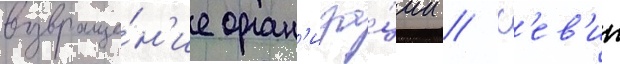
возвраще́н'ие орган'иза́ции // К'ев'ин